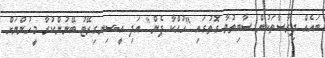
ބައެއް ދިރާސާތަކުން ސާބިތުވާ ގޮތުގައި "ހުއްކާ ޕެން" އަދި އީ-ސިނގިރޭޓު ބޭނުންކުރާ މީހުންނަށް